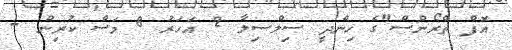
އޮފް ތްރޯންސް"ގެ ހިންދީ ސިލްސިލާ 2 އަހަރު 8 މަސް ކުރިން -